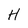
Character: H